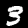
Label: 3